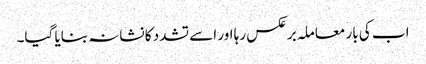
اب کی بار معاملہ برعکس رہا اور اسے تشدد کا نشانہ بنایا گیا۔